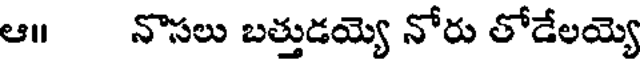
ఆ॥ నొసలు బత్తుడయ్యె నోరు తోడేలయ్యె